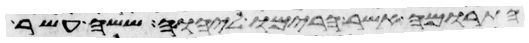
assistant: התרומה אשר הרימו ליהוה ששה עשר